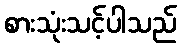
စားသုံးသင့်ပါသည်